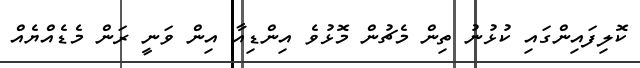
ކޮލިފައިންގައި ކުޅުނު ތިން މެޗުން މޮޅުވެ އިންޑިއާ އިން ވަނީ ރަން މެޑެއްޔެއް